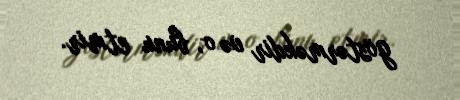
göstərməkdir və o, bunu etmir.